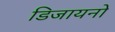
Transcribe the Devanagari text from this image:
डिजायनों